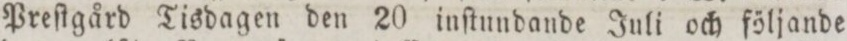
Preſtgård Tisdagen den 20 inſtundande Juli och följande